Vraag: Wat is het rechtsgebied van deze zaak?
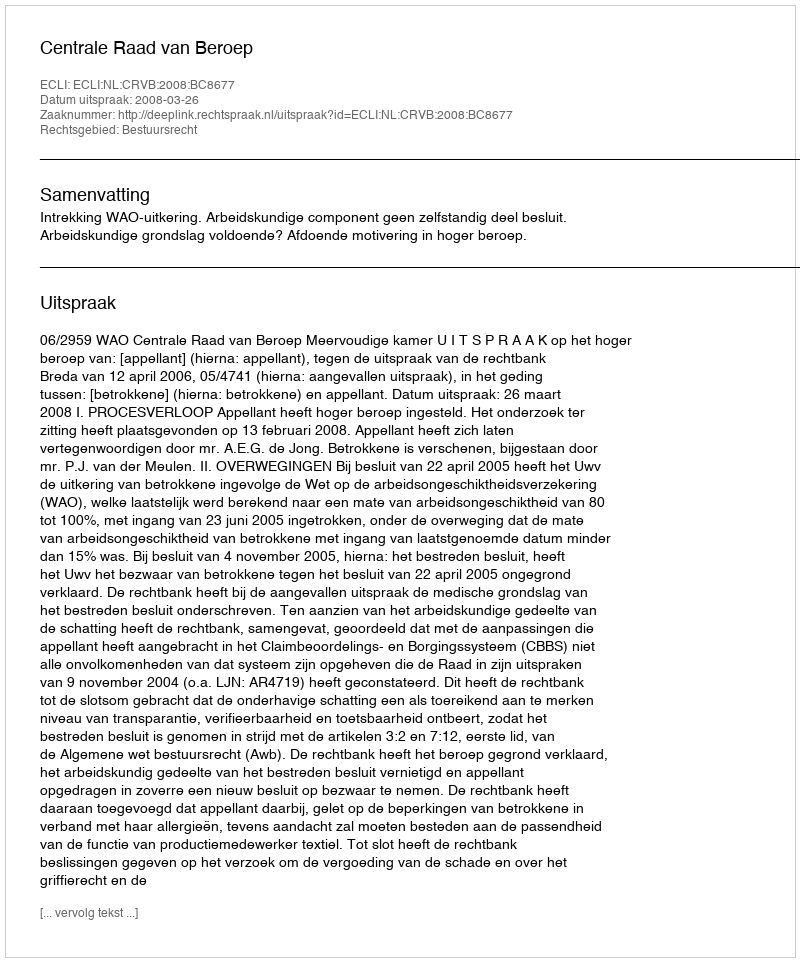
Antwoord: Bestuursrecht